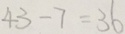
4 3 - 7 = 3 6